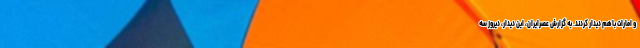
و امارات باهم دیدار کردند. به گزارش عصرایران، این دیدار، دیروز سه